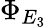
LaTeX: \Phi_{E_{3}}